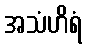
အသံဟိရံ